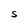
Character: S